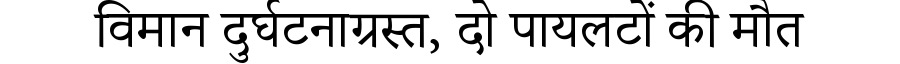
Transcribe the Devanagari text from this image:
विमान दुर्घटनाग्रस्त, दो पायलटों की मौत